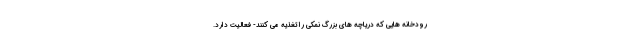
رودخانه هایی که دریاچه های بزرگ نمکی را تغذیه می کنند- فعالیت دارد.